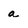
Character: a